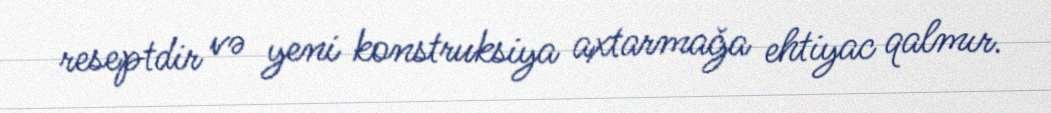
reseptdir və yeni konstruksiya axtarmağa ehtiyac qalmır.